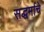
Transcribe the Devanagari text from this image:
सद्धर्माचे